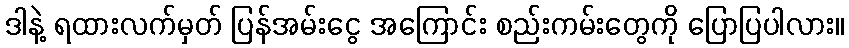
ဒါနဲ့ ရထားလက်မှတ် ပြန်အမ်းငွေ အကြောင်း စည်းကမ်းတွေကို ပြောပြပါလား။